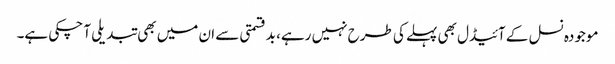
موجودہ نسل کے آئیڈل بھی پہلے کی طرح نہیں رہے، بدقسمتی سے ان میں بھی تبدیلی آ چکی ہے۔